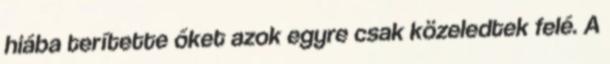
hiába terítette őket azok egyre csak közeledtek felé. A